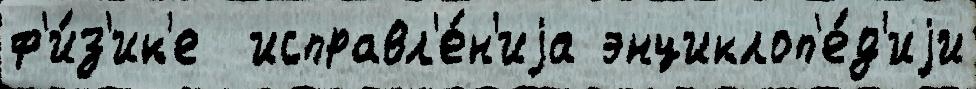
ф'и́з'ик'е  исправл'е́н'иjа энциклоп'е́д'иjи